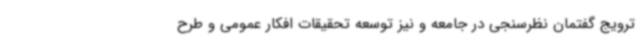
ترویج گفتمان نظرسنجی در جامعه و نیز توسعه تحقیقات افکار عمومی و طرح